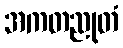
အကတညုတံ